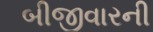
બીજીવારની